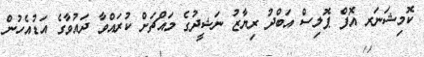
ކޮމިޝަނަރ އޮފް ޕޮލިސް އަބްދު ރިޔާޒު ނަޝީދުގެ މައްޗަށް ކުރައްވާ ދައުވާގެ އަޑުއެހުން